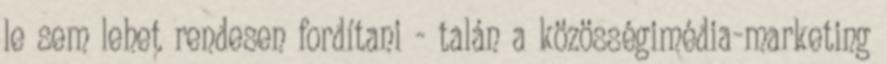
le sem lehet rendesen fordítani - talán a közösségimédia-marketing